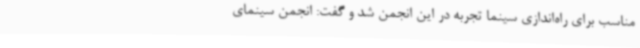
مناسب برای راه‌اندازی سینما تجربه در این انجمن شد و گفت: انجمن سینمای